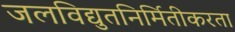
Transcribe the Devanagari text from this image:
जलविद्युतनिर्मितीकरता